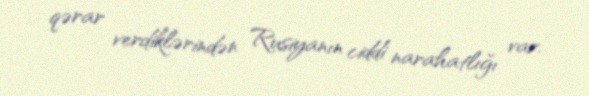
qərar verdiklərindən Rusiyanın ciddi narahatlığı var.